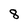
Character: 8